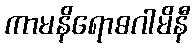
ကာမနိရောဓဂါမိနီ